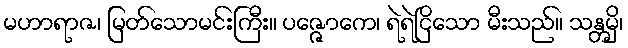
မဟာရာဇ၊ မြတ်သောမင်းကြီး။ ပဇ္ဇောကေ၊ ရဲရဲငြိသော မီးသည်။ သန္တမှိ၊